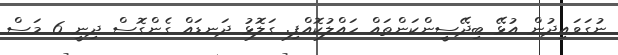
ނުގަވައިދުން އުޅޭ ބިދޭސީންކަންތައް ހައްލުކޮއްފި. ގަލޮޅު ދަނޑައް ގެންގޮސް ދިނީ 6 މަސް